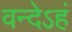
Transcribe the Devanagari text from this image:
वन्देऽहं